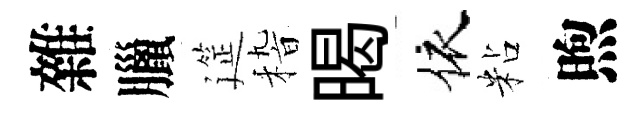
雜臘筵𥟵暍依粘煦